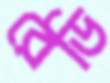
রেডি